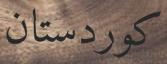
كوردستان